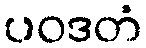
ပဝဒတံ